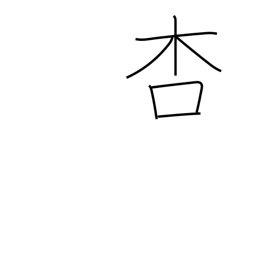
Meaning: apricot